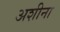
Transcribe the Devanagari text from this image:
अशीना